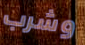
وشرب